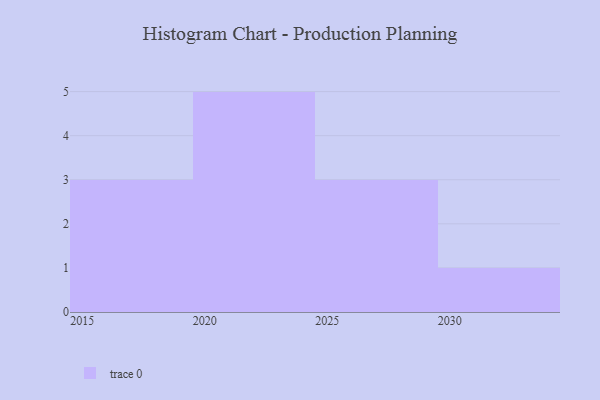
{"axis": {"x": "Year", "y": "Market Share (%)"}, "legend": [""], "data": [{"x": "2015", "y": 6, "type": ""}, {"x": "2029", "y": 44, "type": ""}, {"x": "2021", "y": 16, "type": ""}, {"x": "2022", "y": 99, "type": ""}, {"x": "2019", "y": 23, "type": ""}, {"x": "2017", "y": 91, "type": ""}, {"x": "2030", "y": 90, "type": ""}, {"x": "2020", "y": 35, "type": ""}, {"x": "2023", "y": 13, "type": ""}, {"x": "2024", "y": 71, "type": ""}, {"x": "2025", "y": 24, "type": ""}, {"x": "2026", "y": 86, "type": ""}]}